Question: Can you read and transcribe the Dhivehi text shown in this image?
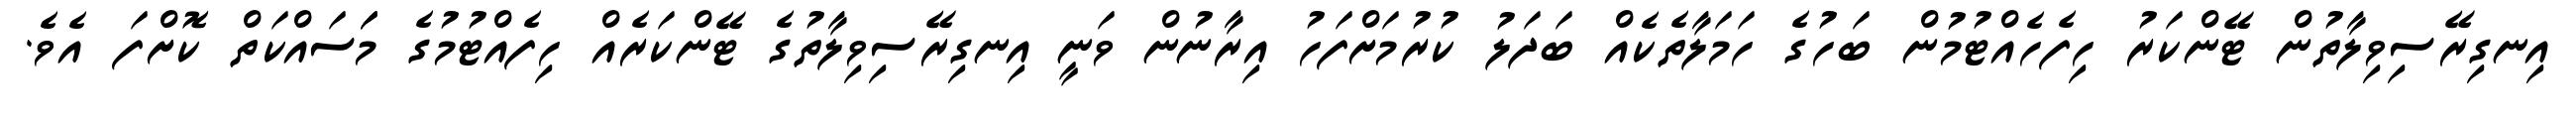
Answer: އިނގިރޭސިވިލާތުން ޓޭންކަރު ހިފެހެއްޓުމުން ބަހުގެ ހަމަލާތެކެއް ބަދަލު ކުރުމަށްފަހު އިރާނުން ވަނީ އިނގިރޭސިވިލާތުގެ ޓޭންކަރެއް ހިފެއްޓުމުގެ މަަސައްކަތް ކޮށްފަ އެވެ.